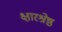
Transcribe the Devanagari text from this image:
क्षारश्रेष्ठ